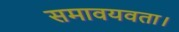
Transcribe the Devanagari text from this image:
समावयवता।